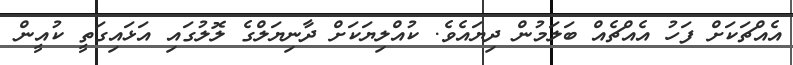
އެއްޗަކަށް ފަހު އެއްޗެއް ބަލަމުން ދިޔައެވެ. ކުއްލިޔަކަށް ދާނިޔަލްގެ ލޮލުގައި އަޅައިގަތީ ކުއީން